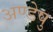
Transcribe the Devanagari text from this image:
अण्डेषु